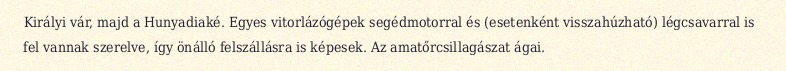
Királyi vár, majd a Hunyadiaké. Egyes vitorlázógépek segédmotorral és (esetenként visszahúzható) légcsavarral is fel vannak szerelve, így önálló felszállásra is képesek. Az amatőrcsillagászat ágai.